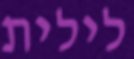
לילית